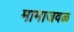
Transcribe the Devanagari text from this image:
मामाजवळ